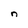
Character: n